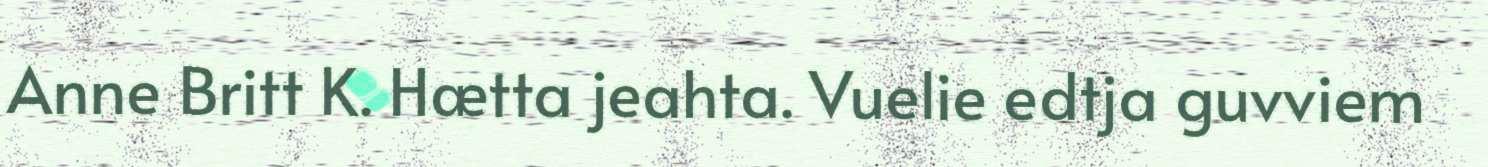
Anne Britt K. Hætta jeahta. Vuelie edtja guvviem